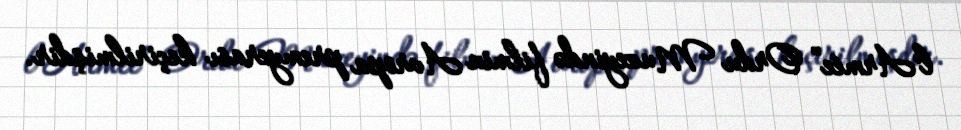
l’Armée” Ordu Muzeyində filmin Avropa premyerası keçirilmişdir.